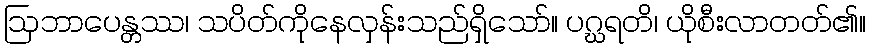
ဩဘာပေန္တဿ၊ သပိတ်ကိုနေလှန်းသည်ရှိသော်။ ပဂ္ဃရတိ၊ ယိုစီးလာတတ်၏။